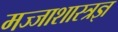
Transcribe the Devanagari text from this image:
मज्जाशास्त्रज्ञ